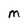
Character: M